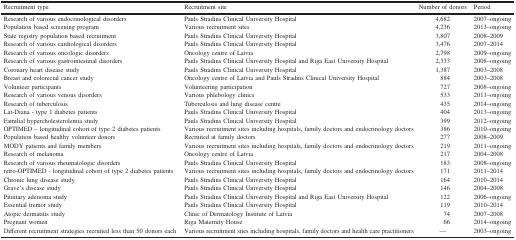
<table><thead><tr><td><b>Recruitment type</b></td><td><b>Recruitment site</b></td><td><b>Number of donors</b></td><td><b>Period</b></td></tr></thead><tbody><tr><td>Research of various endocrinological disorders</td><td>Pauls Stradins Clinical University Hospital</td><td>4,682</td><td>2007–ongoing</td></tr><tr><td>Population based screening program</td><td>Various recruitment sites</td><td>4,236</td><td>2013–ongoing</td></tr><tr><td>State registry population based recruitment</td><td>Pauls Stradins Clinical University Hospital</td><td>3,807</td><td>2008–2009</td></tr><tr><td>Research of various cardiological disorders</td><td>Pauls Stradins Clinical University Hospital</td><td>3,476</td><td>2007–2014</td></tr><tr><td>Research of various oncologic disorders</td><td>Oncology centre of Latvia</td><td>2,798</td><td>2009–ongoing</td></tr><tr><td>Research of various gastrointestinal disorders</td><td>Pauls Stradins Clinical University Hospital and Riga East University Hospital</td><td>2,333</td><td>2008–ongoing</td></tr><tr><td>Coronary heart disease study</td><td>Pauls Stradins Clinical University Hospital</td><td>1,387</td><td>2003–2008</td></tr><tr><td>Breast and colorectal cancer study</td><td>Oncology centre of Latvia and Pauls Stradins Clinical University Hospital</td><td>884</td><td>2003–2008</td></tr><tr><td>Volunteer participants</td><td>Volunteering participation</td><td>727</td><td>2008–ongoing</td></tr><tr><td>Research of various venous disorders</td><td>Various phlebology clinics</td><td>533</td><td>2011–ongoing</td></tr><tr><td>Research of tuberculosis</td><td>Tuberculosis and lung disease centre</td><td>435</td><td>2014–ongoing</td></tr><tr><td>Lat-Diana - type 1 diabetes patients</td><td>Pauls Stradins Clinical University Hospital</td><td>404</td><td>2013–ongoing</td></tr><tr><td>Familial hypercholesterolemia study</td><td>Pauls Stradins Clinical University Hospital</td><td>399</td><td>2012–ongoing</td></tr><tr><td>OPTIMED – longitudinal cohort of type 2 diabetes patients</td><td>Various recruitment sites including hospitals, family doctors and endocrinology doctors</td><td>386</td><td>2010–ongoing</td></tr><tr><td>Population based healthy volunteer donors</td><td>Recruited at family doctors</td><td>277</td><td>2008–2009</td></tr><tr><td>MODY patients and family members</td><td>Various recruitment sites including hospitals, family doctors and endocrinology doctors</td><td>219</td><td>2011–ongoing</td></tr><tr><td>Research of melanoma</td><td>Oncology centre of Latvia</td><td>217</td><td>2004–2008</td></tr><tr><td>Research of various rheumatologic disorders</td><td>Pauls Stradins Clinical University Hospital</td><td>183</td><td>2008–ongoing</td></tr><tr><td>retro-OPTIMED - longitudinal cohort of type 2 diabetes patients</td><td>Various recruitment sites including hospitals, family doctors and endocrinology doctors</td><td>171</td><td>2011–2014</td></tr><tr><td>Chronic lung disease study</td><td>Pauls Stradins Clinical University Hospital</td><td>164</td><td>2010–2014</td></tr><tr><td>Grave’s disease study</td><td>Pauls Stradins Clinical University Hospital</td><td>146</td><td>2004–2008</td></tr><tr><td>Pituitary adenoma study</td><td>Pauls Stradins Clinical University Hospital and Riga East University Hospital</td><td>122</td><td>2006–ongoing</td></tr><tr><td>Essential tremor study</td><td>Pauls Stradins Clinical University Hospital</td><td>119</td><td>2010–2014</td></tr><tr><td>Atopic dermatitis study</td><td>Clinic of Dermatology Institute of Latvia</td><td>74</td><td>2007–2008</td></tr><tr><td>Pregnant women</td><td>Riga Maternity House</td><td>66</td><td>2014–ongoing</td></tr><tr><td>Different recruitment strategies recruited less than 50 donors each</td><td>Various recruitment sites including hospitals, family doctors and health care practitioners</td><td>—</td><td>2003–ongoing</td></tr></tbody></table>